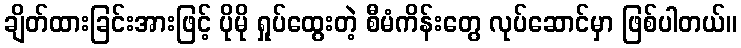
ချိတ်ထားခြင်းအားဖြင့် ပိုမို ရှုပ်ထွေးတဲ့ စီမံကိန်းတွေ လုပ်ဆောင်မှာ ဖြစ်ပါတယ်။